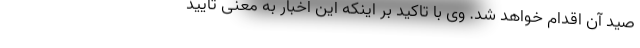
صید آن اقدام خواهد شد. وی با تاکید بر اینکه این اخبار به معنی تایید